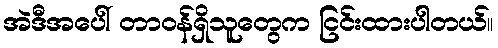
အဲဒီအပေါ် တာဝန်ရှိသူတွေက ငြင်းထားပါတယ်။